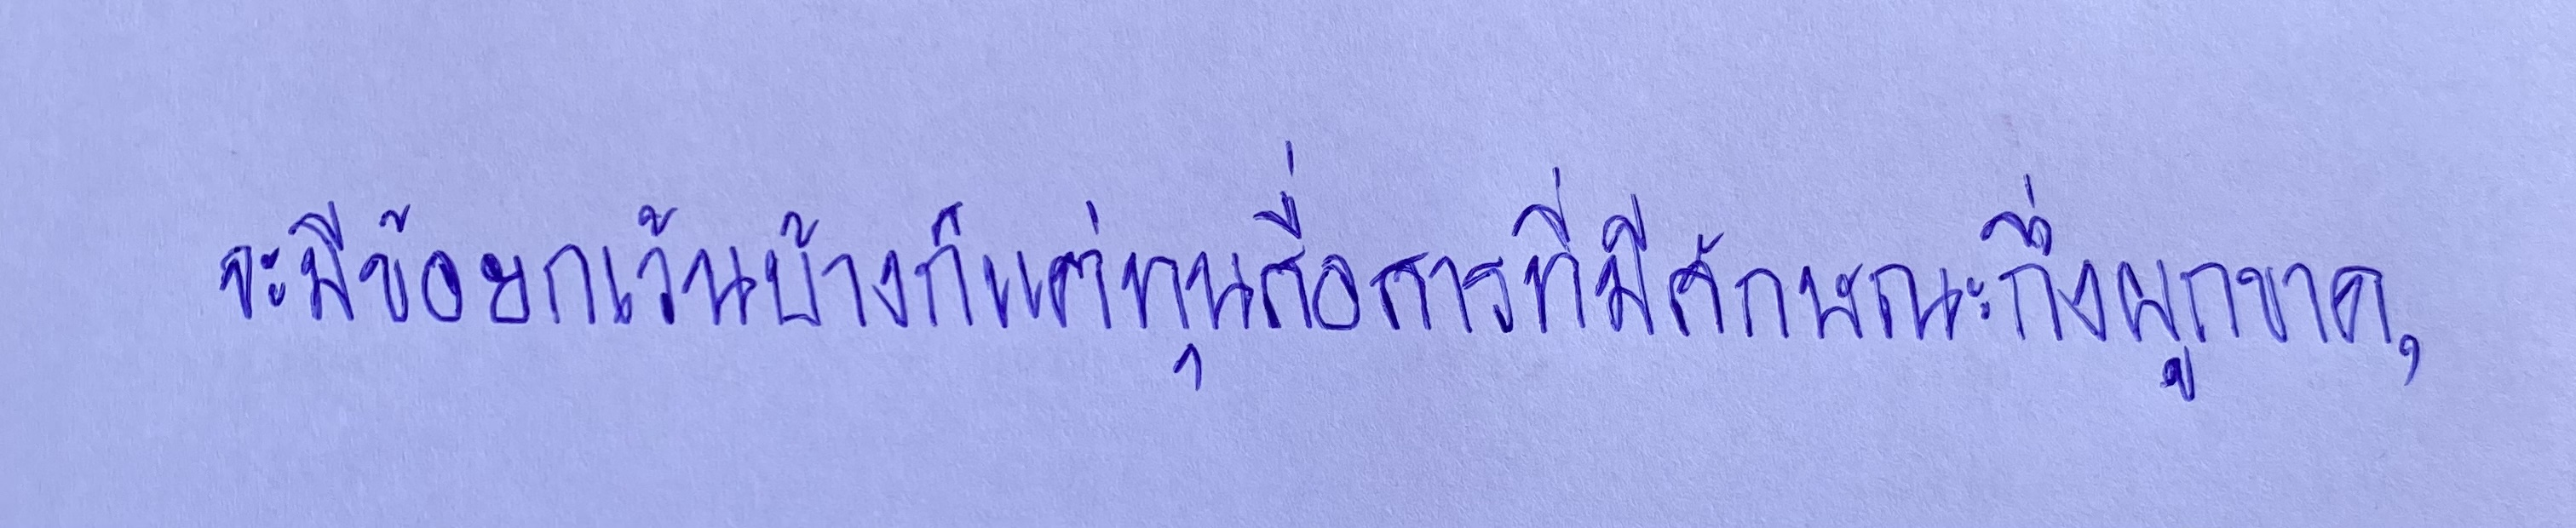
จะมีข้อยกเว้นบ้างก็แต่ทุนสื่อสารที่มีลักษณะกึ่งผูกขาด,